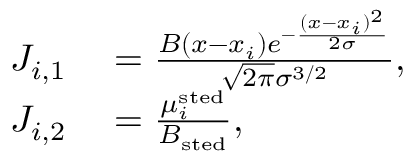
\begin{array} { r l } { J _ { i , 1 } } & { { } = \frac { B ( x - x _ { i } ) e ^ { - \frac { ( x - x _ { i } ) ^ { 2 } } { 2 \sigma } } } { \sqrt { 2 \pi } \sigma ^ { 3 / 2 } } , } \\ { J _ { i , 2 } } & { { } = \frac { \mu _ { i } ^ { \mathrm { s t e d } } } { B _ { \mathrm { s t e d } } } , } \end{array}